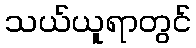
သယ်ယူရာတွင်